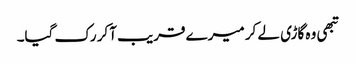
تبھی وہ گاڑی لے کر میرے قریب آکر رک گیا۔